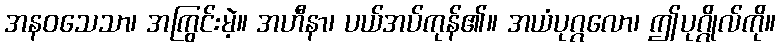
အနဝသေသာ၊ အကြွင်းမဲ့။ အဟီနာ၊ ပယ်အပ်ကုန်၏။ အယံပုဂ္ဂလော၊ ဤပုဂ္ဂိုလ်ကို။